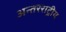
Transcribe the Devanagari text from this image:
अन्तरराट्रीय